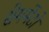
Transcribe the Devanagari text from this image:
सेगमेंटों